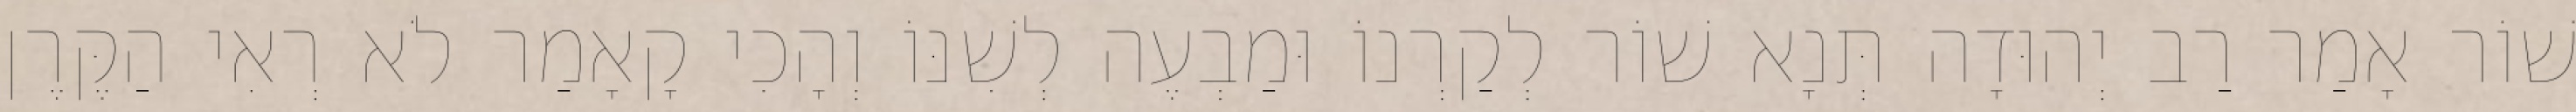
שׁוֹר אָמַר רַב יְהוּדָה תְּנָא שׁוֹר לְקַרְנוֹ וּמַבְעֶה לְשִׁנּוֹ וְהָכִי קָאָמַר לֹא רְאִי הַקֶּרֶן